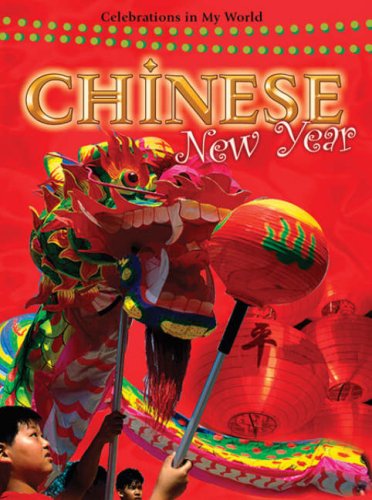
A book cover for Chinese New Year (Celebrations in My World); Carrie Gleason; Children's Books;